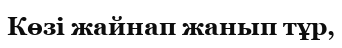
Көзі жайнап жанып тұр,